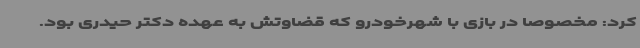
کرد: مخصوصا در بازی با شهرخودرو که قضاوتش به عهده دکتر حیدری بود.